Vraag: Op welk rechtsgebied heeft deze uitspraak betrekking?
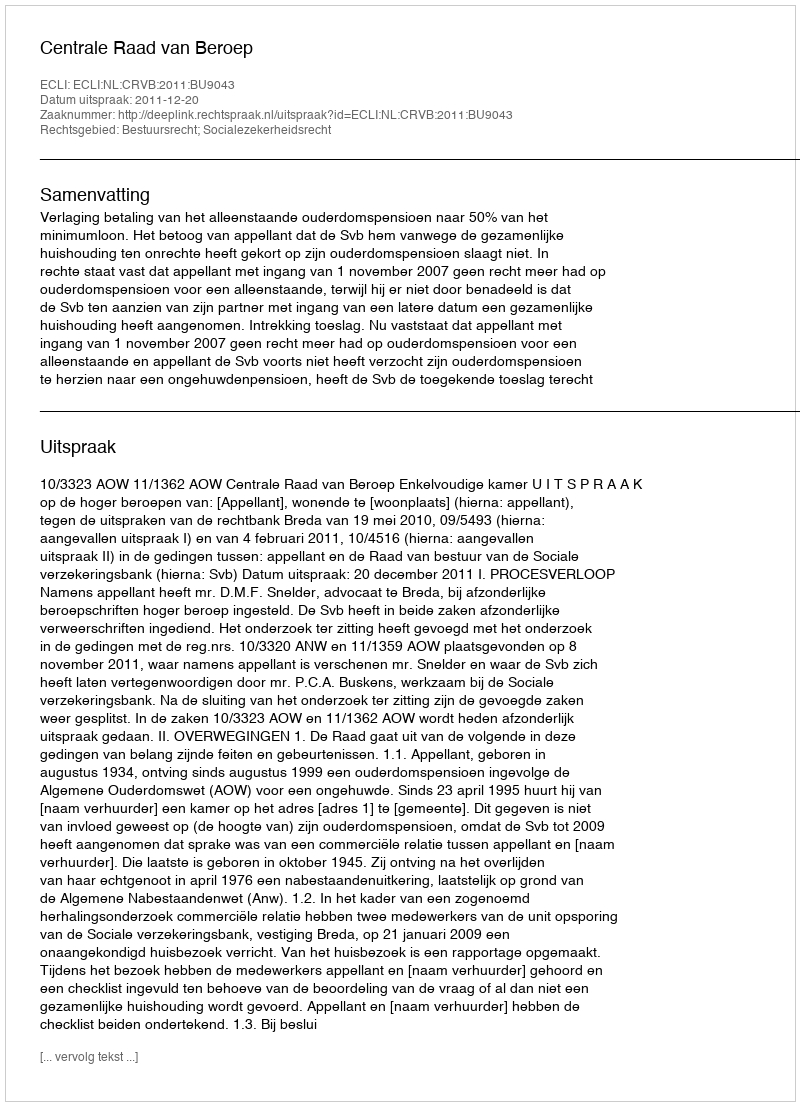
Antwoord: Bestuursrecht; Socialezekerheidsrecht